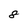
Character: 8